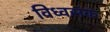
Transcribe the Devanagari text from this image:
विध्वसंक